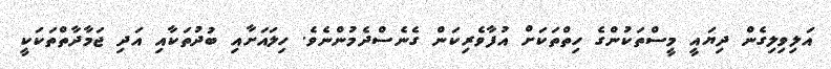
އަލިވިލިގެން ދިޔައީ މީސްތަކުންގެ ހިތްތަކަށް އުފާވެރިކަން ގެނެސްދެމުންނެވެ. ހިލައަށާއި ބުދުތަކާއި އަދި ޖަމާދާތްތަކަކީ